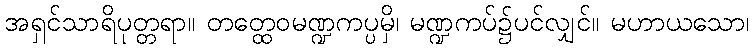
အရှင်သာရိပုတ္တရာ။ တတ္ထေဝမဏ္ဍကပ္ပမှိ၊ မဏ္ဍကပ်၌ပင်လျှင်။ မဟာယသော၊